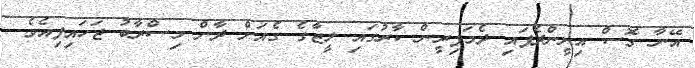
އޭނާ ގޮސް އިށީންދެފައި ދެމަފިރީން ކާރުގައި ލީޒާގެ ގެއަށް ދާން މިސްރާބު ޖަހައިފިއެވެ.